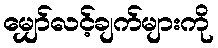
မျှော်လင့်ချက်များကို